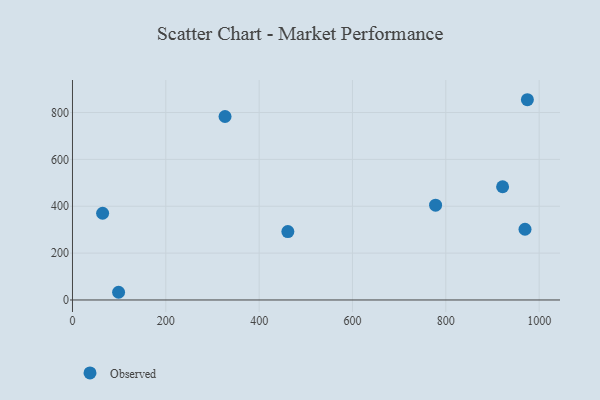
{"axis": {"x": "Ad Spend", "y": "Sales"}, "legend": ["Observed"], "data": [{"x": "974.8", "y": 854.6, "type": "Observed"}, {"x": "98.8", "y": 32.9, "type": "Observed"}, {"x": "778.1", "y": 404.7, "type": "Observed"}, {"x": "326.9", "y": 783.1, "type": "Observed"}, {"x": "969.7", "y": 301.8, "type": "Observed"}, {"x": "921.7", "y": 483.3, "type": "Observed"}, {"x": "461.5", "y": 292.1, "type": "Observed"}, {"x": "64.6", "y": 370.2, "type": "Observed"}]}